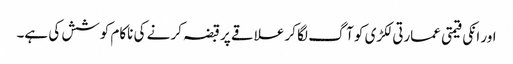
اور انکی قیمتی عمارتی لکڑی کو آگ لگا کر علاقے پر قبضہ کر نے کی ناکام کوشش کی ہے۔